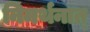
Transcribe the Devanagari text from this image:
निमर्थनात्